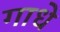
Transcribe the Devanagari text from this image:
गाधे